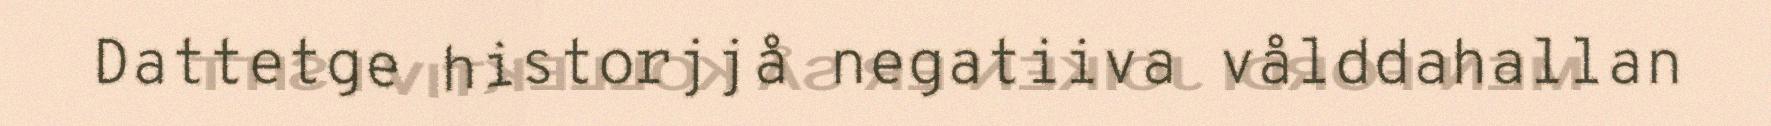
Dattetge historjjå negatiiva vålddahallan